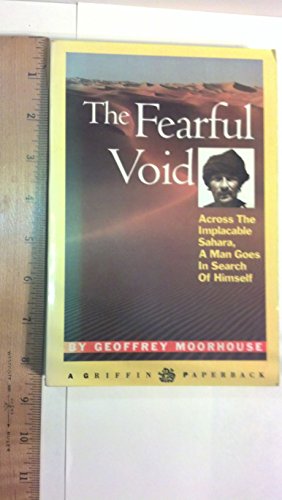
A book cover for The Fearful Void; Geoffrey Moorhouse; Travel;